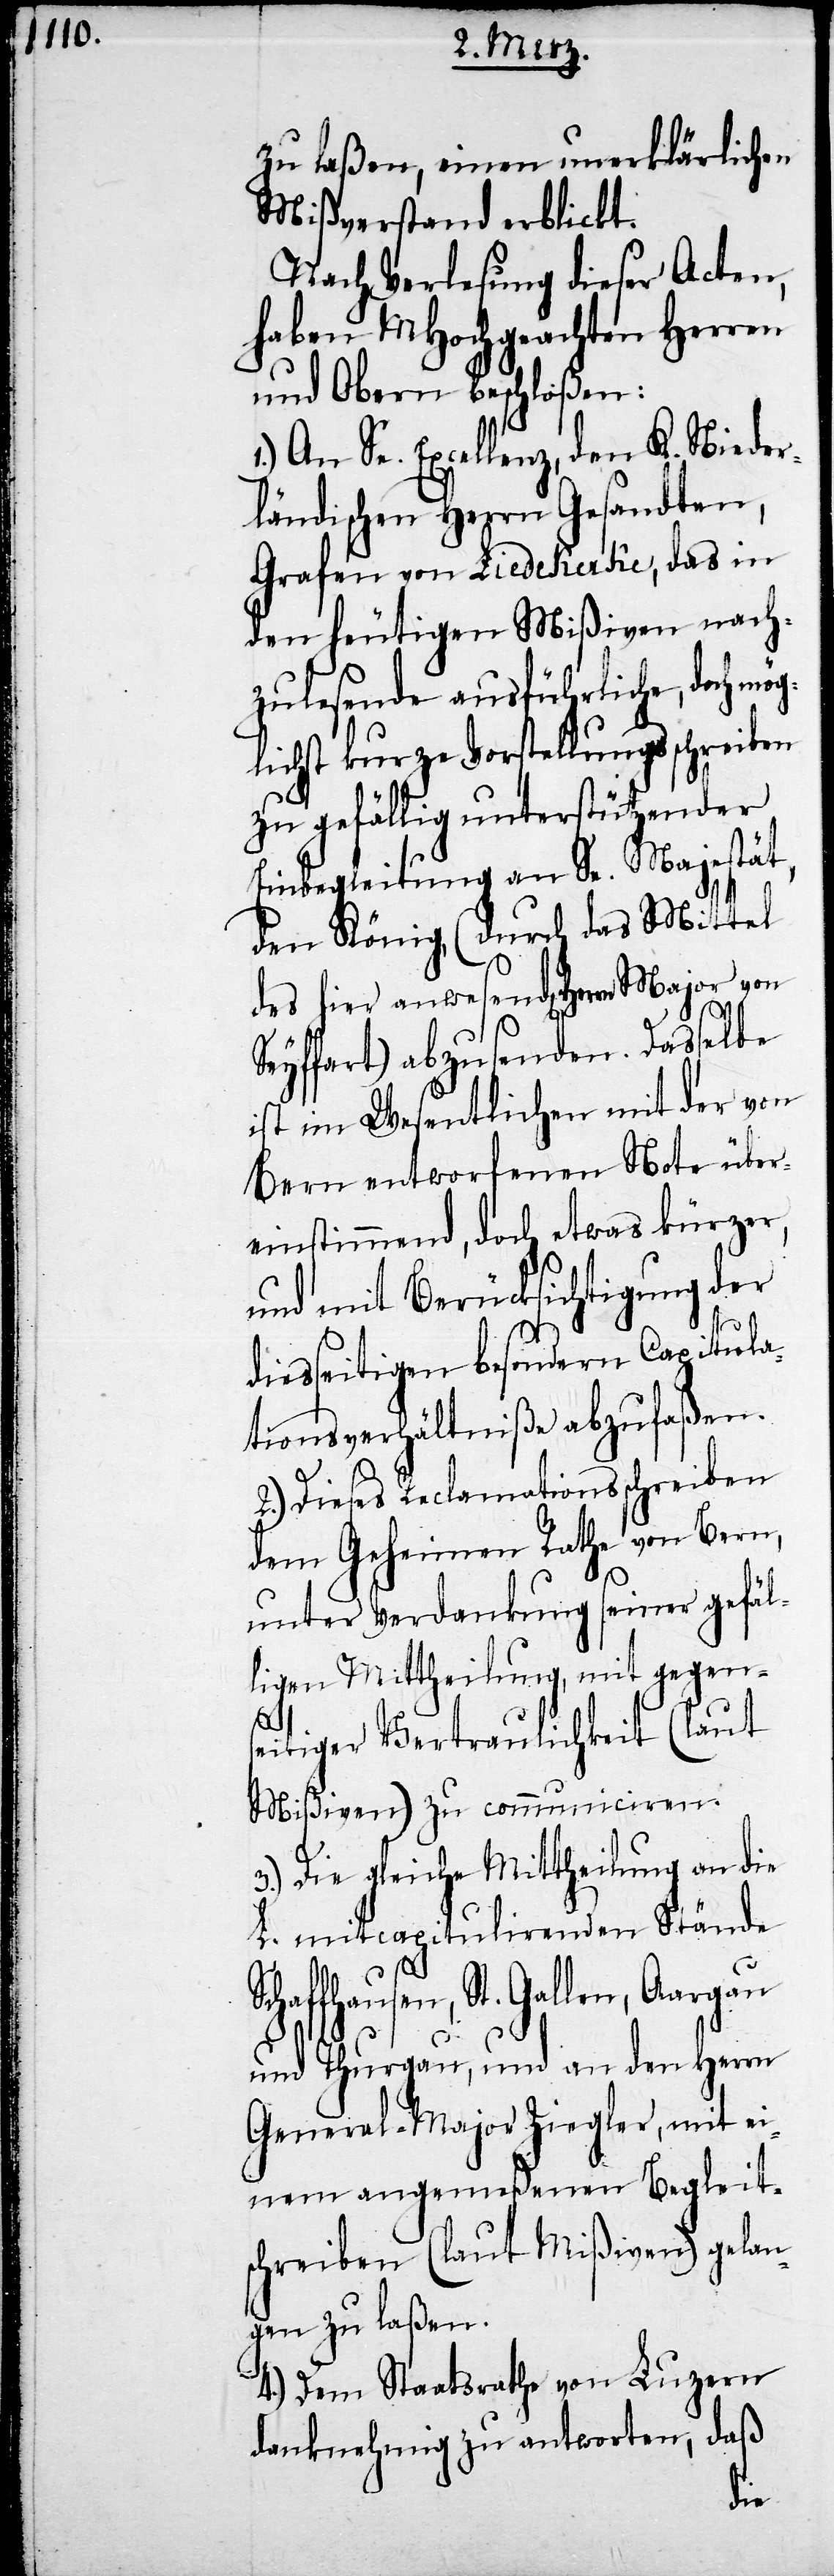
zu laßen, einen unerklärlichen
Mißverstand erblickt.
Nach Verlesung dieser Acten,
haben MHochgeachten Herren
und Obern beschloßen:
1.) An Se. Excellenz, den K. Nieder¬
ländischen Herrn Gesandten,
Grafen von Liedekerke, das in
den heutigen Mißiven nach¬
zulesende ausführliche, doch mö¬
lichst kurze Vorstellungsschreiben
zu gefällig unterstützender
Einbegleitung an Se. Majestät,
den König, (durch das Mittel
des hier anwesend[en] Herren
Seyffart) abzusenden. Dasselbe
ist im Wesentlichen mit der von
Bern entworfenen Note über¬
einstimmend, doch etwas kürzer,
und mit Berücksichtigung der
S¬
diesseitigen besondern Capitula¬
tionsverhältniße abzufaßen.
2.) Dieses Reclamationsschreiben
dem Geheimen Rathe von Bern,
unter Verdankung seiner gefäl¬
ligen Mittheilung, mit gegen¬
seitiger Vertraulichkeit (laut
Mißiven) zu communiciren.
3.) Die gleiche Mittheilung an die
L. mitcapitulirenden Stände
chaffhausen, St. Gallen, Aargau
und Thurgau, und an den Herrn
General-Major Ziegler, mit ei¬
nem angemeßenen Begleit¬
schreiben (laut Mißiven) gelan¬
gen zu laßen.
4.) Dem Staatsrahte von Luzern
danknehmig zu